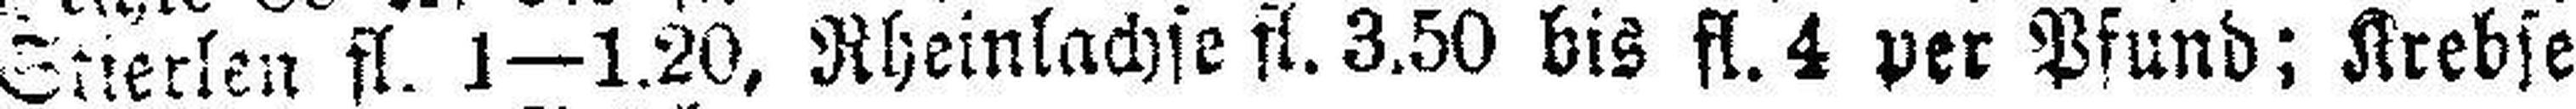
Stierlen fl. 1—1.20, Rheinlachse fl. 3.50 bis fl. 4 per Pfund: Krebse